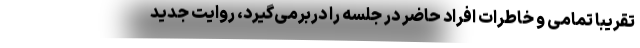
تقریباً تمامی و خاطرات افراد حاضر در جلسه را دربرمی‌گیرد، روایت جدید